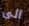
الى